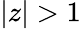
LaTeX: |z|>1